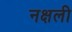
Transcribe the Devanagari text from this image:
नक्षली